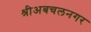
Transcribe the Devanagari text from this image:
श्रीअबचलनगर